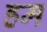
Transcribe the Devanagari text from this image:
हम